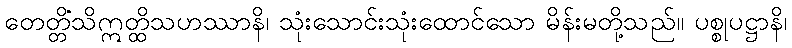
တေတ္တိံသိဣတ္ထိသဟဿာနိ၊ သုံးသောင်းသုံးထောင်သော မိန်းမတို့သည်။ ပစ္စုပဋ္ဌာနိ၊